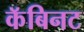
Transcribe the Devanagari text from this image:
कॅबिनट